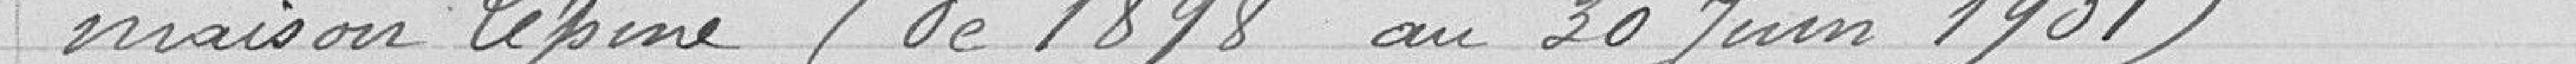
maison Lépine (1898 au 30 juin 1901)